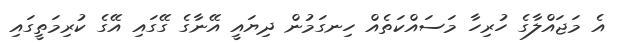
އެ މަޖައްލާގެ ހުރިހާ މަސައްކަތެއް ހިނގަމުން ދިޔައީ އޭނާގެ ގޭގައި އޭގެ ކުރިމަތީގައި